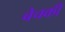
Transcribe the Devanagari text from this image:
बेचकी